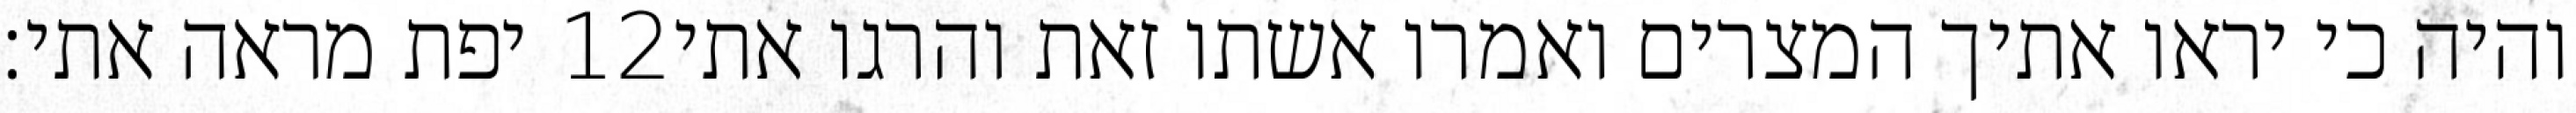
יפת מראה אתי׃ ‎12‏ והיה כי יראו אתיך המצרים ואמרו אשתו זאת והרגו אתי